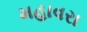
મહાવરા